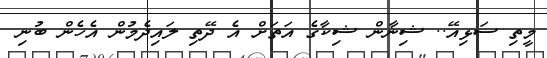
މީތި ސަޅިއޭ.. ޝިނާން ޝިކާގެ އަތަށް އެ ދޭތި ލައިދެމުން އެހެން ބުނި